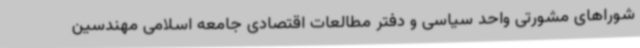
شوراهای مشورتی واحد سیاسی و دفتر مطالعات اقتصادی جامعه اسلامی مهندسین